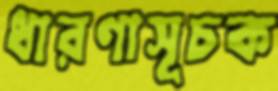
ধারণাসূচক